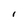
Character: l